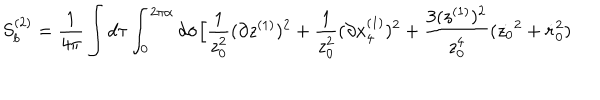
LaTeX: S _ { b } ^ { ( 2 ) } = { \frac { 1 } { 4 \pi } } \int d \tau \int _ { 0 } ^ { 2 \pi \alpha } d \sigma \Big [ { \frac { 1 } { z _ { 0 } ^ { 2 } } } ( \partial z ^ { ( 1 ) } ) ^ { 2 } + { \frac { 1 } { z _ { 0 } ^ { 2 } } } ( \partial x _ { 4 } ^ { ( 1 ) } ) ^ { 2 } + { \frac { 3 ( z ^ { ( 1 ) } ) ^ { 2 } } { z _ { 0 } ^ { 4 } } } ( \dot { z _ { 0 } } ^ { 2 } + \dot { r } _ { 0 } ^ { 2 } )